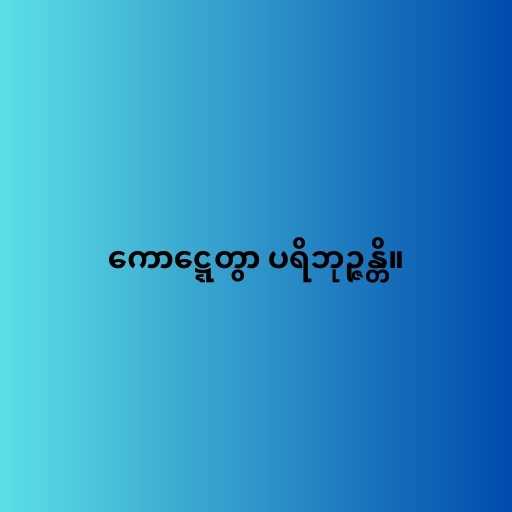
ကောဋ္ဋေတွာ ပရိဘုဉ္ဇန္တိ။